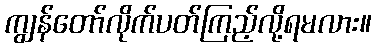
ကျွန်တော်လိုက်ပတ်ကြည့်လို့ရမလား။